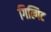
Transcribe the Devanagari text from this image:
गिल्गिट